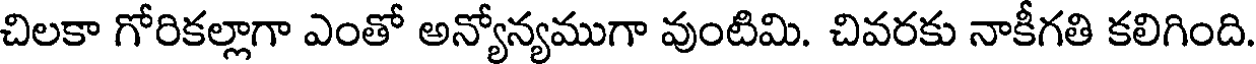
చిలకా గోరికల్లాగా ఎంతో అన్యోన్యముగా వుంటిమి. చివరకు నాకీగతి కలిగింది